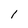
Character: 1